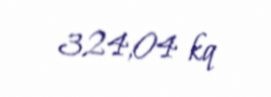
324,04 kq